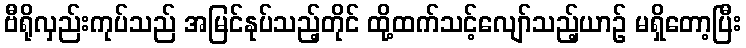
ဗီရိုလှည်းကုပ်သည် အမြင်နုပ်သည့်တိုင် ထို့ထက်သင့်လျော်သည့်ယာဉ် မရှိတော့ပြီး